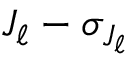
J _ { \ell } - \sigma _ { J _ { \ell } }